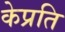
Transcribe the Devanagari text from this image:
केप्रति